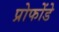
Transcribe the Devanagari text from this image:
प्रोफोंडे